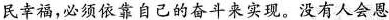
民幸福，必须依靠自己的奋斗来实现。没有人会恩